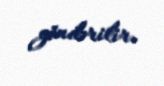
göndərilir.